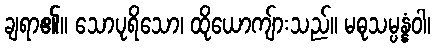
ချရာ၏။ သောပုရိသော၊ ထိုယောကျ်ားသည်။ မဓုသမ္ပန္နံဝါ၊